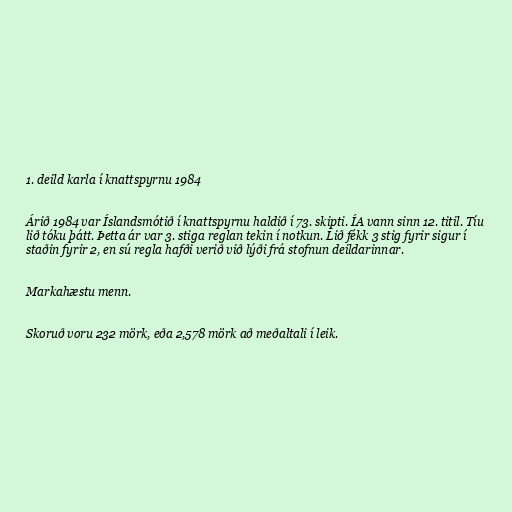
1. deild karla í knattspyrnu 1984

Árið 1984 var Íslandsmótið í knattspyrnu haldið í 73. skipti. ÍA vann sinn 12. titil. Tíu
lið tóku þátt. Þetta ár var 3. stiga reglan tekin í notkun. Lið fékk 3 stig fyrir sigur í
staðin fyrir 2, en sú regla hafði verið við lýði frá stofnun deildarinnar.

Markahæstu menn.

Skoruð voru 232 mörk, eða 2,578 mörk að meðaltali í leik.